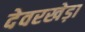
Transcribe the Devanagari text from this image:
देवरखेड़ा